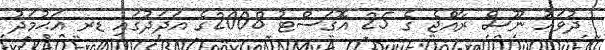
ދުވަހު ނޫސް ރާއްޖެ ގެ 25 އޮގަސްޓު 2008ގެ އަދަދުގައި ޑރ އަޙުމަދު